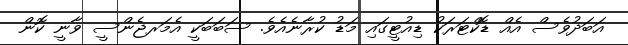
އަބަދުވެސް އެއް ޑޮކްޓަރަކު ޑިއުޓީގައި މަޑު ކުރާނެއެވެ. ސަބަބަކީ އެމަރޖެންސީ ވާނީ ކޮން